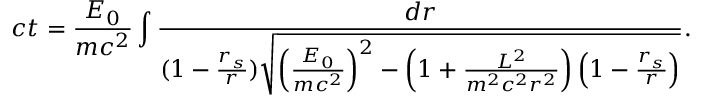
c t = \frac { { \cal { E } } _ { 0 } } { m c ^ { 2 } } \int \frac { d r } { ( 1 - \frac { r _ { s } } { r } ) \sqrt { \left( \frac { { \cal { E } } _ { 0 } } { m c ^ { 2 } } \right) ^ { 2 } - \left( 1 + \frac { { \cal { L } } ^ { 2 } } { m ^ { 2 } c ^ { 2 } r ^ { 2 } } \right) \left( 1 - \frac { r _ { s } } { r } \right) } } .